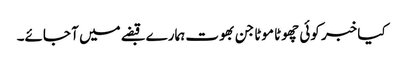
کیا خبر کوئی چھوٹا موٹا جن بھوت ہمارے قبضے میں آ جائے۔